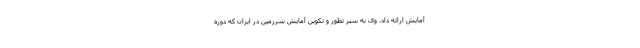
آمایش ارائه داد. وی به سیر تطور و تکوین آمایش سرزمین در ایران که دوره